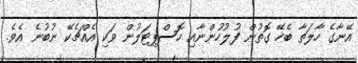
އޭނާގެ ހާލަތާ ބެހޭ ގޮތުން ފުލުހުންނާއި ހޮސްޕިޓަލުން ވަކި އެއްޗެކޭ ނުބުނެ އެވެ.